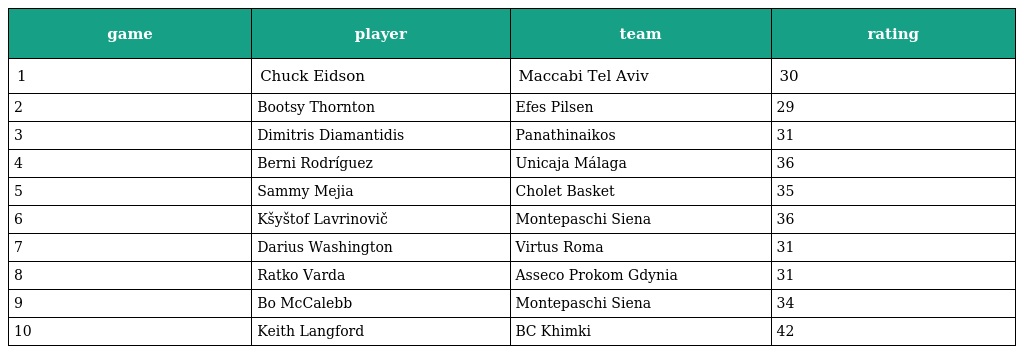
| game | player | team | rating |
 | --- | --- | --- | --- |
 | 1 | Chuck Eidson | Maccabi Tel Aviv | 30 |
 | 2 | Bootsy Thornton | Efes Pilsen | 29 |
 | 3 | Dimitris Diamantidis | Panathinaikos | 31 |
 | 4 | Berni Rodríguez | Unicaja Málaga | 36 |
 | 5 | Sammy Mejia | Cholet Basket | 35 |
 | 6 | Kšyštof Lavrinovič | Montepaschi Siena | 36 |
 | 7 | Darius Washington | Virtus Roma | 31 |
 | 8 | Ratko Varda | Asseco Prokom Gdynia | 31 |
 | 9 | Bo McCalebb | Montepaschi Siena | 34 |
 | 10 | Keith Langford | BC Khimki | 42 |